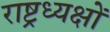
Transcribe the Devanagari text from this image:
राष्ट्रध्यक्षों